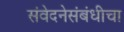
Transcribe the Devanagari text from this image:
संवेदनेसंबंधीचा